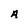
Character: A